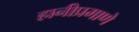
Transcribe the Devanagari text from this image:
हानीप्रमाणे